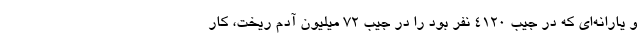
و یارانه‌ای که در جیب ۴۱۲۰ نفر بود را در جیب ۷۲ میلیون آدم ریخت، کار